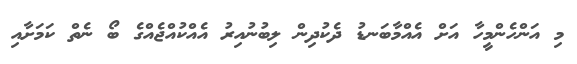
މި އަންހެންމީހާ އަށް އެއްމާބަނޑު ދެކުދިން ލިބުނުއިރު އެއްކުއްޖެއްގެ ބޯ ނެތް ކަމަށާއި